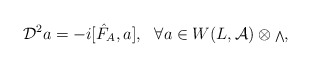
\begin{align*}{\cal D}^2a=-i[{\hat F}_A,a],\ \ \forall a\in W(L,{\cal A})\otimes {\scriptstyle \bigwedge},\end{align*}